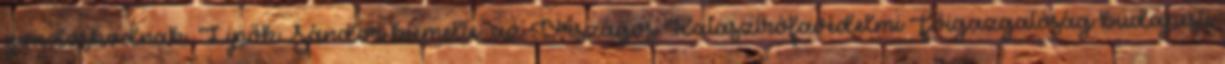
gondoskodnak. Lipők Sándor kiemelte: az Országos Katasztrófavédelmi Főigazgatóság budapesti